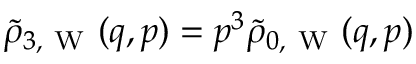
\tilde { \rho } _ { 3 , \mathrm { ~ W ~ } } ( q , p ) = p ^ { 3 } \tilde { \rho } _ { 0 , \mathrm { ~ W ~ } } ( q , p )